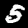
Digit: 5